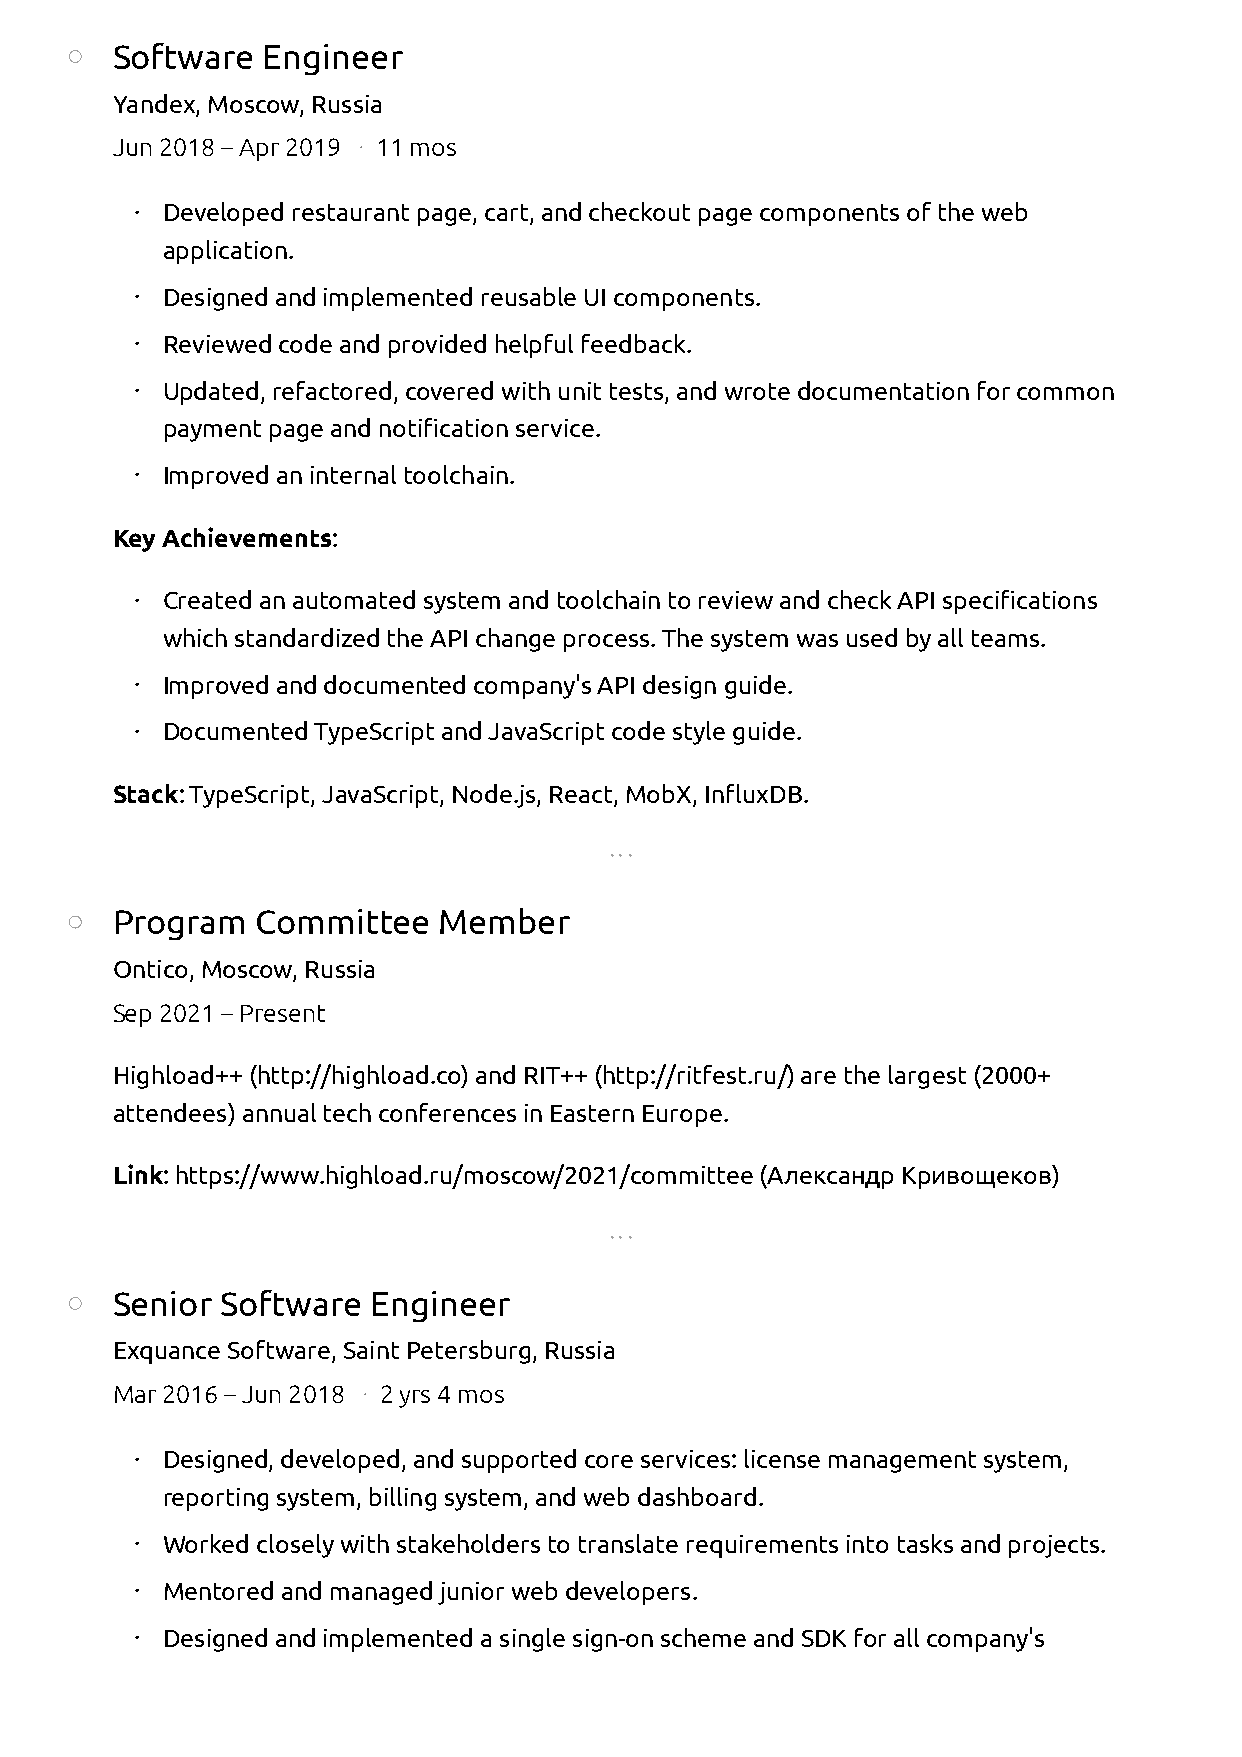
Software  Engineer
 Yandex,Moscow, Russia
 Jun 2018 – Apr 2019 ∙ 11 mos
 ∙ Developed restaurant page, cart, and checkout page components of the web
 application.
 ∙ Designed and implemented reusable UI components.
 ∙ Reviewed code and provided helpful feedback.
 ∙ Updated, refactored, covered with unit tests, and wrote documentation for common
 payment page and notification service.
 ∙ Improved an internal toolchain.
 Key Achievements:
 ∙ Created an automated system and toolchain to review and check API specifications
 which standardized the API change process. The system was used by all teams.
 ∙ Improved and documented company's API design guide.
 ∙ Documented TypeScript and JavaScript code style guide.
 Stack: TypeScript, JavaScript, Node.js, React, MobX, InfluxDB.
 ∙ ∙ ∙
 Program   Committee   Member
 Ontico,Moscow, Russia
 Sep 2021 – Present
 Highload++ (http://highload.co) and RIT++ (http://ritfest.ru/) are the largest (2000+
 attendees) annual tech conferences in Eastern Europe.
 Link: https://www.highload.ru/moscow/2021/committee (Александр Кривощеков)
 ∙ ∙ ∙
 Senior  Software  Engineer
 Exquance Software,Saint Petersburg, Russia
 Mar 2016 – Jun 2018 ∙ 2 yrs 4 mos
 ∙ Designed, developed, and supported core services: license management system,
 reporting system, billing system, and web dashboard.
 ∙ Worked closely with stakeholders to translate requirements into tasks and projects.
 ∙ Mentored and managed junior web developers.
 ∙ Designed and implemented a single sign-on scheme and SDK for all company's